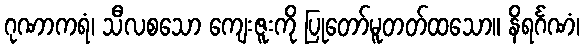
ဂုဏာကရံ၊ သီလစသော ကျေးဇူးကို ပြုတော်မူတတ်ထသော။ နိရင်္ဂဏံ၊